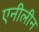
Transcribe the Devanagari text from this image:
एनीलीन